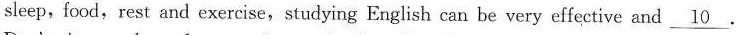
sleep，food，rest and exercise，studying English can be very effective and\underline{10}.